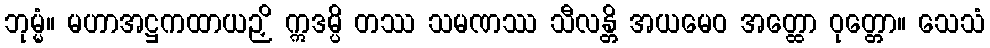
ဘုမ္မံ။ မဟာအဋ္ဌကထာယဉှိ ဣဒမ္ပိ တဿ သမဏဿ သီလန္တိ အယမေဝ အတ္ထော ဝုတ္တော။ သေသံ